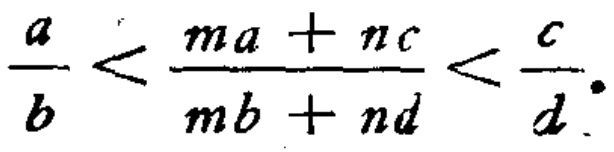
\frac{a}{b}<\frac{ma + nc}{mb + nd}<\frac{c}{d}